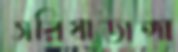
সরিষাডাঙ্গা